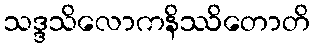
သဒ္ဒသိလောကနိဿိတောတိ